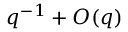
q ^ { - 1 } + { O } ( q )